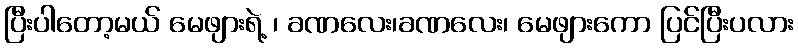
ပြီးပါတော့မယ် မေဖျားရဲ့ ၊ ခဏလေး၊ခဏလေး၊ မေဖျားကော ပြင်ပြီးပလား